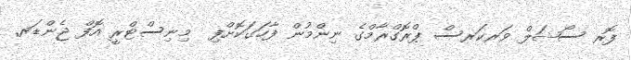
ފޮރ ސޯޝަލް ވަރކަރސް ޕްރޮގްރާމްގެ ނިންމުން ފާހަގަކޮށްފި  މިނިސްޓްރީ އޮފް ޖެންޑަރ